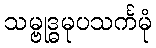
သမ္ဗုဒ္ဓမုပသင်္ကမုံ